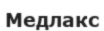
Медлакс